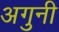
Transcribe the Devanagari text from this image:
अगुनी